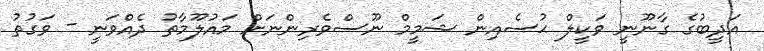
އަދީބުގެ ގާނޫނީ ވަކީލް ޙުސެއިން ޝަމީމް ނޫސްވެރިންނަށް މައުލޫމާތު ދެއްވަނީ - ވަގުތު